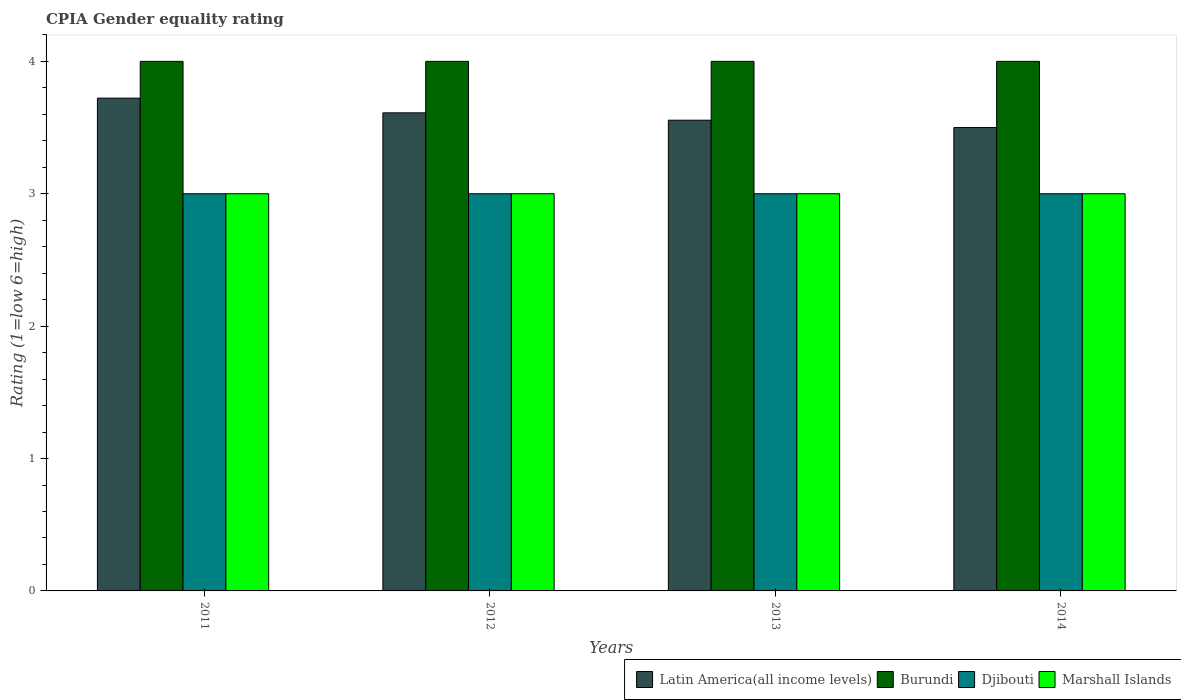
| Years | Latin America(all income levels) | Burundi | Djibouti | Marshall Islands |
 | --- | --- | --- | --- | --- |
 | 2011 | 3.72 | 4 | 3 | 3 |
 | 2012 | 3.61 | 4 | 3 | 3 |
 | 2013 | 3.56 | 4 | 3 | 3 |
 | 2014 | 3.5 | 4 | 3 | 3 |